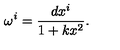
\omega ^ { i } = \frac { d x ^ { i } } { 1 + k x ^ { 2 } } .